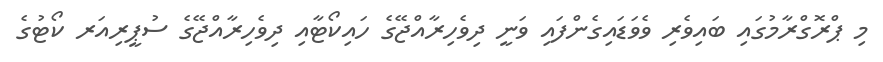
މި ޕްރޮގްރާމުގައި ބައިވެރި ވެވަޑައިގެންފައި ވަނީ ދިވެހިރާއްޖޭގެ ހައިކޯޓާއި ދިވެހިރާއްޖޭގެ ސުޕީރިއަރ ކޯޓުގެ